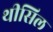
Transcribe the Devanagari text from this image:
थीसिल